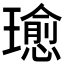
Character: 𤪂